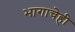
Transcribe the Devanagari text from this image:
भागाचेही